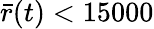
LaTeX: \bar{r}(t)<15000